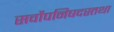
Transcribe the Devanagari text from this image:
सर्वोपनिषदस्तथा